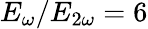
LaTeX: E_{\omega}/E_{2\omega}=6